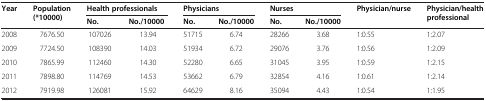
<table><thead><tr><td rowspan="2"><b>Year</b></td><td rowspan="2"><b>Population (*10000)</b></td><td colspan="2"><b>Health professionals</b></td><td colspan="2"><b>Physicians</b></td><td colspan="2"><b>Nurses</b></td><td rowspan="2"><b>Physician/nurse</b></td><td rowspan="2"><b>Physician/health professional</b></td></tr><tr><td><b>No.</b></td><td><b>No./10000</b></td><td><b>No.</b></td><td><b>No./10000</b></td><td><b>No.</b></td><td><b>No./10000</b></td></tr></thead><tbody><tr><td>2008</td><td>7676.50</td><td>107026</td><td>13.94</td><td>51715</td><td>6.74</td><td>28266</td><td>3.68</td><td>1:0.55</td><td>1:2.07</td></tr><tr><td>2009</td><td>7724.50</td><td>108390</td><td>14.03</td><td>51934</td><td>6.72</td><td>29076</td><td>3.76</td><td>1:0.56</td><td>1:2.09</td></tr><tr><td>2010</td><td>7865.99</td><td>112460</td><td>14.30</td><td>52280</td><td>6.65</td><td>31045</td><td>3.95</td><td>1:0.59</td><td>1:2.15</td></tr><tr><td>2011</td><td>7898.80</td><td>114769</td><td>14.53</td><td>53662</td><td>6.79</td><td>32854</td><td>4.16</td><td>1:0.61</td><td>1:2.14</td></tr><tr><td>2012</td><td>7919.98</td><td>126081</td><td>15.92</td><td>64629</td><td>8.16</td><td>35094</td><td>4.43</td><td>1:0.54</td><td>1:1.95</td></tr></tbody></table>